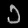
Digit: ၁